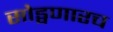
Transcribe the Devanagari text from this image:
सोड्वणारच